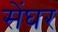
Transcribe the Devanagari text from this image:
सेंघर